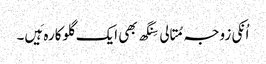
اُنکی زوجہ مِتالی سِنگھ بھی ایک گلوکارہ ہَیں۔